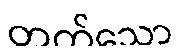
တက်သော